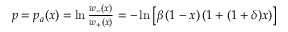
\begin{array} { r } { p = p _ { a } ( x ) = \ln \frac { { { w _ { - } } ( x ) } } { { { w _ { + } } ( x ) } } = - \ln \left[ { \beta \left( { 1 - x } \right) \left( { 1 + ( { 1 + \delta } ) x } \right) } \right] } \end{array}